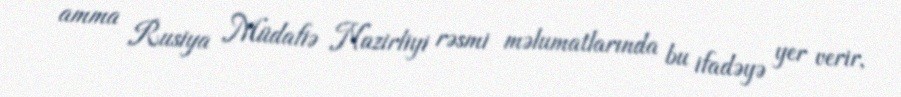
amma Rusiya Müdafiə Nazirliyi rəsmi məlumatlarında bu ifadəyə yer verir,